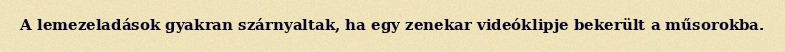
A lemezeladások gyakran szárnyaltak, ha egy zenekar videóklipje bekerült a műsorokba.